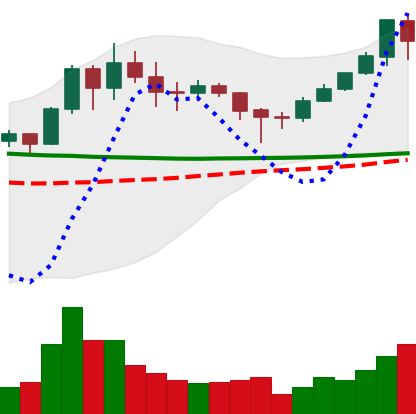
Ticker: XMR-USD
Chart end date: 2020-01-31
Forward return: 8.195%
Label: up_7plus